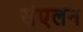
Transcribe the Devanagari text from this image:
संंएलन